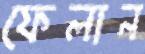
ফেলান